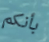
بأنكم